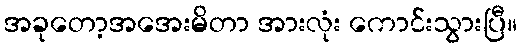
အခုတော့အအေးမိတာ အားလုံး ကောင်းသွားပြီ။